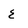
Character: E